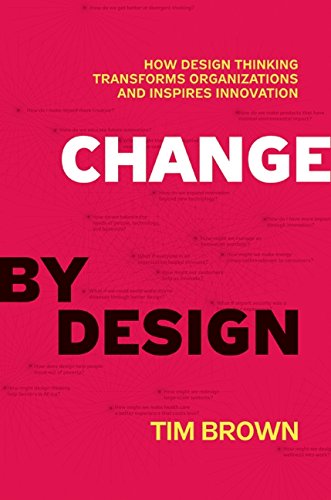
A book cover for Change by Design: How Design Thinking Transforms Organizations and Inspires Innovation; Tim Brown; Business & Money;